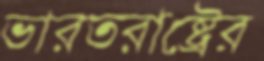
ভারতরাষ্ট্রের